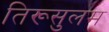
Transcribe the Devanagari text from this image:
तिरूसुलम